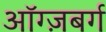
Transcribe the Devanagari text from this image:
ऑग्ज़बर्ग